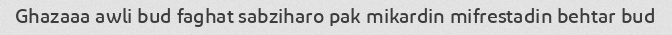
Ghazaaa awli bud faghat sabziharo pak mikardin mifrestadin behtar bud